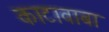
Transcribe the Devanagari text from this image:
काटावाबा